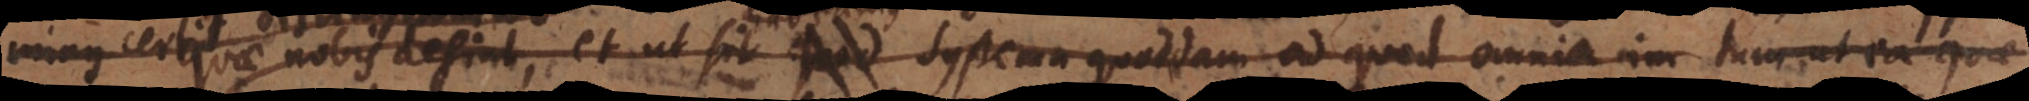
appareat quae nobis desint, et ut sit habeamus Systema quoddam ad quod omnia im tum ut ea quae